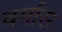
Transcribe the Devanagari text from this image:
वर्मास